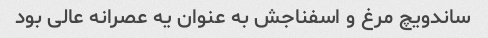
ساندویچ مرغ و اسفناجش به عنوان یه عصرانه عالی بود